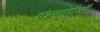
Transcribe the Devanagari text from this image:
चंद्रकलाओं